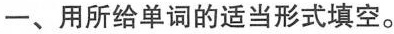
-、用所给单词的适当形式填空。